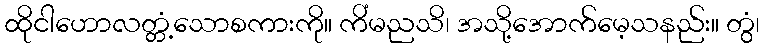
ထိုငါဟောလတ္တံ့သောစကားကို။ ကိံမညသိ၊ အသို့အောက်မေ့သနည်း။ တွံ၊